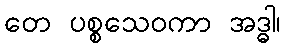
တေ ပစ္စသေဝကာ အဒ္ဓါ၊